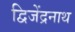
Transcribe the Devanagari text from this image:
द्विजेंद्रनाथ